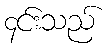
၄င်းသည်